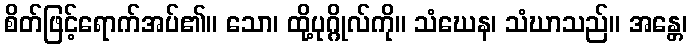
စိတ်ဖြင့်ရောက်အပ်၏။ သော၊ ထို့ပုဂ္ဂိုလ်ကို။ သံဃေန၊ သံဃာသည်။ အန္တေ၊